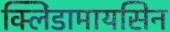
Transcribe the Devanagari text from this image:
क्लिंडामायसिन